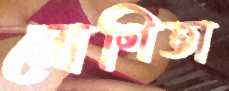
দ্রোণিতা